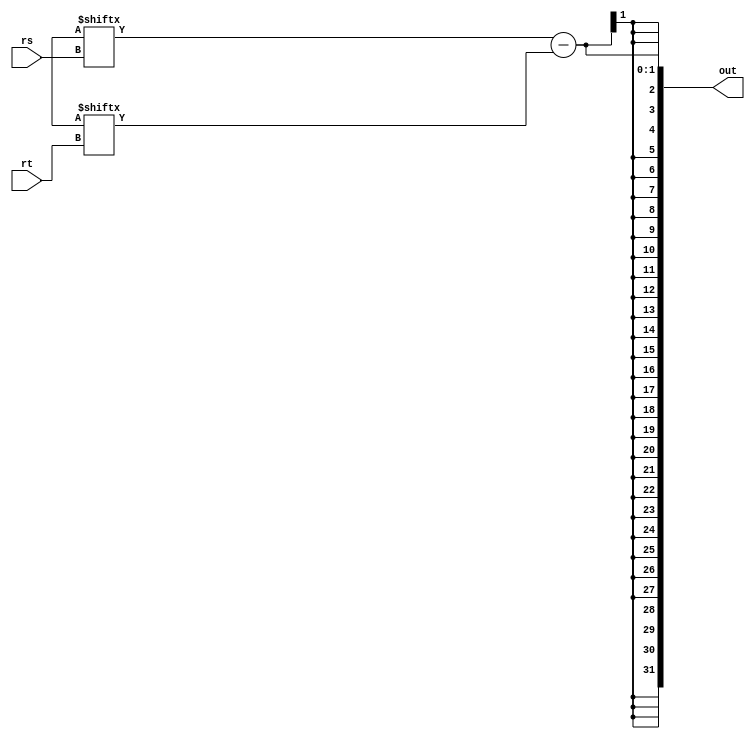
module sub
(
	input	[4:0]	rs, rt,
	output	[31:0]	out
);

	assign out = glob.r[rs] - glob.r[rt];

endmodule